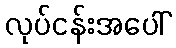
လုပ်ငန်းအပေါ်